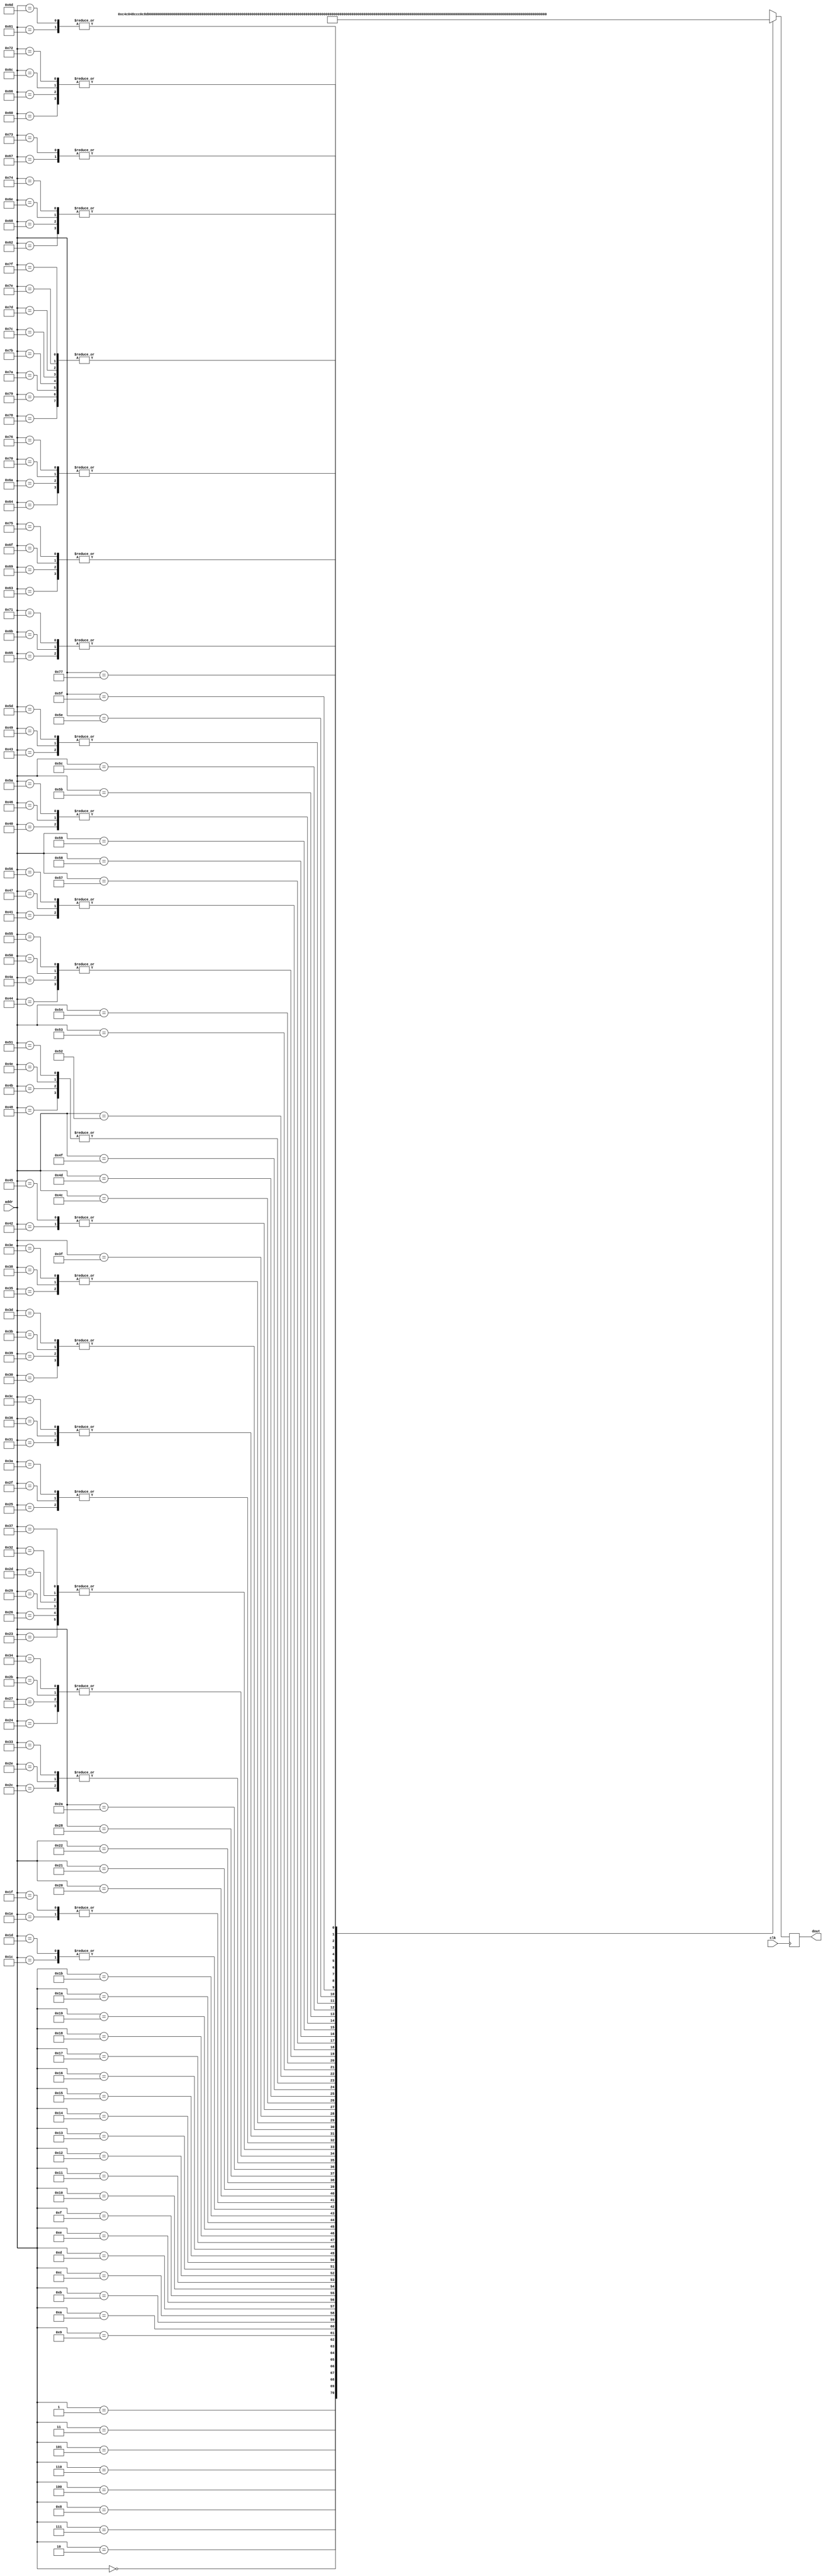
module song_rom (
    input clk,
    input [6:0] addr,
    output reg [11:0] dout
);  

    wire [11:0] memory [127:0];

    always @(posedge clk)                       
        dout = memory[addr];                    

assign memory[	  0	] =	{6'd49, 6'd12};// Note: 5A
assign memory[	  1	] =	{6'd1, 6'd8};	// Note: 1A
assign memory[	  2	] =	{6'd51, 6'd12};// Note: 5B
assign memory[	  3	] =	{6'd3, 6'd8};	// Note: 1B
assign memory[	  4	] =	{6'd52, 6'd12};// Note: 5C
assign memory[	  5	] =	{6'd4, 6'd8};	// Note: 1C
assign memory[	  6	] =	{6'd54, 6'd12};// Note: 5D
assign memory[	  7	] =	{6'd6, 6'd8};	// Note: 1D
assign memory[	  8	] =	{6'd56, 6'd12};// Note: 5E
assign memory[	  9	] =	{6'd8, 6'd8};	// Note: 1E
assign memory[	 10	] =	{6'd57, 6'd12};// Note: 5F
assign memory[	 11	] =	{6'd9, 6'd8};	// Note: 1F
assign memory[	 12	] =	{6'd59, 6'd12};// Note: 5G
assign memory[	 13	] =	{6'd11, 6'd8};	// Note: 1G
assign memory[	 14	] =	{6'd13, 6'd12};// Note: 2A
assign memory[	 15	] =	{6'd25, 6'd8};	// Note: 3A
assign memory[	 16	] =	{6'd15, 6'd12};// Note: 2B
assign memory[	 17	] =	{6'd27, 6'd8};	// Note: 3B
assign memory[	 18	] =	{6'd16, 6'd12};// Note: 2C
assign memory[	 19	] =	{6'd28, 6'd8};	// Note: 3C
assign memory[	 20	] =	{6'd18, 6'd12};// Note: 2D
assign memory[	 21	] =	{6'd30, 6'd8};	// Note: 3D
assign memory[	 22	] =	{6'd20, 6'd12};// Note: 2E
assign memory[	 23	] =	{6'd32, 6'd8};	// Note: 3E
assign memory[	 24	] =	{6'd21, 6'd12};// Note: 2F
assign memory[	 25	] =	{6'd33, 6'd8};	// Note: 3F
assign memory[	 26	] =	{6'd23, 6'd12};// Note: 2G
assign memory[	 27	] =	{6'd35, 6'd8};	// Note: 3G
assign memory[	 28	] =	{6'd37, 6'd0};	// Note: 4A
assign memory[	 29	] =	{6'd37, 6'd0};	// Note: 4A
assign memory[	 30	] =	{6'd0, 6'd0};	// Note: rest
assign memory[	 31	] =	{6'd0, 6'd0};	// Note: rest
assign memory[	 32	] =	{6'd35, 6'd36};// Note: 3G
assign memory[	 33	] =	{6'd42, 6'd36};// Note: 4D
assign memory[	 34	] =	{6'd38, 6'd54};// Note: 4A#Bb
assign memory[	 35	] =	{6'd37, 6'd18};// Note: 4A
assign memory[	 36	] =	{6'd35, 6'd18};// Note: 3G
assign memory[	 37	] =	{6'd38, 6'd18};// Note: 4A#Bb
assign memory[	 38	] =	{6'd37, 6'd18};// Note: 4A
assign memory[	 39	] =	{6'd35, 6'd18};// Note: 3G
assign memory[	 40	] =	{6'd34, 6'd18};// Note: 3F#Gb
assign memory[	 41	] =	{6'd37, 6'd18};// Note: 4A
assign memory[	 42	] =	{6'd30, 6'd36};// Note: 3D
assign memory[	 43	] =	{6'd35, 6'd18};// Note: 3G
assign memory[	 44	] =	{6'd30, 6'd18};// Note: 3D
assign memory[	 45	] =	{6'd37, 6'd18};// Note: 4A
assign memory[	 46	] =	{6'd30, 6'd18};// Note: 3D
assign memory[	 47	] =	{6'd38, 6'd18};// Note: 4A#Bb
assign memory[	 48	] =	{6'd37, 6'd9};	// Note: 4A
assign memory[	 49	] =	{6'd35, 6'd9};	// Note: 3G
assign memory[	 50	] =	{6'd37, 6'd18};// Note: 4A
assign memory[	 51	] =	{6'd30, 6'd18};// Note: 3D
assign memory[	 52	] =	{6'd35, 6'd18};// Note: 3G
assign memory[	 53	] =	{6'd30, 6'd9};	// Note: 3D
assign memory[	 54	] =	{6'd35, 6'd9};	// Note: 3G
assign memory[	 55	] =	{6'd37, 6'd18};// Note: 4A
assign memory[	 56	] =	{6'd30, 6'd9};	// Note: 3D
assign memory[	 57	] =	{6'd37, 6'd9};	// Note: 4A
assign memory[	 58	] =	{6'd38, 6'd18};// Note: 4A#Bb
assign memory[	 59	] =	{6'd37, 6'd9};	// Note: 4A
assign memory[	 60	] =	{6'd35, 6'd9};	// Note: 3G
assign memory[	 61	] =	{6'd37, 6'd9};	// Note: 4A
assign memory[	 62	] =	{6'd30, 6'd9};	// Note: 3D
assign memory[	 63	] =	{6'd42, 6'd9};	// Note: 4D
assign memory[	 64	] =	{6'd43, 6'd6};	// Note: 4D#Eb
assign memory[	 65	] =	{6'd44, 6'd8};	// Note: 4E
assign memory[	 66	] =	{6'd0, 6'd34};	// Note: rest
assign memory[	 67	] =	{6'd46, 6'd6};	// Note: 4F#Gb
assign memory[	 68	] =	{6'd47, 6'd8};	// Note: 4G
assign memory[	 69	] =	{6'd0, 6'd34};	// Note: rest
assign memory[	 70	] =	{6'd43, 6'd6};	// Note: 4D#Eb
assign memory[	 71	] =	{6'd44, 6'd8};	// Note: 4E
assign memory[	 72	] =	{6'd0, 6'd10};	// Note: rest
assign memory[	 73	] =	{6'd46, 6'd6};	// Note: 4F#Gb
assign memory[	 74	] =	{6'd47, 6'd8};	// Note: 4G
assign memory[	 75	] =	{6'd0, 6'd10};	// Note: rest
assign memory[	 76	] =	{6'd52, 6'd6};	// Note: 5C
assign memory[	 77	] =	{6'd51, 6'd8};	// Note: 5B
assign memory[	 78	] =	{6'd0, 6'd10};	// Note: rest
assign memory[	 79	] =	{6'd44, 6'd6};	// Note: 4E
assign memory[	 80	] =	{6'd47, 6'd8};	// Note: 4G
assign memory[	 81	] =	{6'd0, 6'd10};	// Note: rest
assign memory[	 82	] =	{6'd51, 6'd6};	// Note: 5B
assign memory[	 83	] =	{6'd50, 6'd56};// Note: 5A#Bb
assign memory[	 84	] =	{6'd49, 6'd8};	// Note: 5A
assign memory[	 85	] =	{6'd47, 6'd8};	// Note: 4G
assign memory[	 86	] =	{6'd44, 6'd8};	// Note: 4E
assign memory[	 87	] =	{6'd42, 6'd8};	// Note: 4D
assign memory[	 88	] =	{6'd44, 6'd40};// Note: 4E
assign memory[	 89	] =	{6'd0, 6'd60};	// Note: rest
assign memory[	 90	] =	{6'd43, 6'd6};	// Note: 4D#Eb
assign memory[	 91	] =	{6'd44, 6'd14};// Note: 4E
assign memory[	 92	] =	{6'd0, 6'd28};	// Note: rest
assign memory[	 93	] =	{6'd46, 6'd6};	// Note: 4F#Gb
assign memory[	 94	] =	{6'd47, 6'd16};// Note: 4G
assign memory[	 95	] =	{6'd0, 6'd26};	// Note: rest
assign memory[	 96	] =	{6'd0, 6'd12};	// Note: rest
assign memory[	 97	] =	{6'd37, 6'd12};// Note: 4A
assign memory[	 98	] =	{6'd39, 6'd6};	// Note: 4B
assign memory[	 99	] =	{6'd35, 6'd6};	// Note: 3G
assign memory[	100	] =	{6'd0, 6'd6};	// Note: rest
assign memory[	101	] =	{6'd37, 6'd54};// Note: 4A
assign memory[	102	] =	{6'd0, 6'd12};	// Note: rest
assign memory[	103	] =	{6'd40, 6'd12};// Note: 4C
assign memory[	104	] =	{6'd39, 6'd6};	// Note: 4B
assign memory[	105	] =	{6'd35, 6'd6};	// Note: 3G
assign memory[	106	] =	{6'd0, 6'd6};	// Note: rest
assign memory[	107	] =	{6'd37, 6'd54};// Note: 4A
assign memory[	108	] =	{6'd0, 6'd12};	// Note: rest
assign memory[	109	] =	{6'd37, 6'd12};// Note: 4A
assign memory[	110	] =	{6'd39, 6'd6};	// Note: 4B
assign memory[	111	] =	{6'd35, 6'd6};	// Note: 3G
assign memory[	112	] =	{6'd0, 6'd6};	// Note: rest
assign memory[	113	] =	{6'd37, 6'd54};// Note: 4A
assign memory[	114	] =	{6'd0, 6'd12};	// Note: rest
assign memory[	115	] =	{6'd40, 6'd12};// Note: 4C
assign memory[	116	] =	{6'd39, 6'd6};	// Note: 4B
assign memory[	117	] =	{6'd35, 6'd6};	// Note: 3G
assign memory[	118	] =	{6'd0, 6'd6};	// Note: rest
assign memory[	119	] =	{6'd37, 6'd96};// Note: 4A
assign memory[	120	] =	{6'd37, 6'd1};	// Note: rest
assign memory[	121	] =	{6'd37, 6'd1};	// Note: rest
assign memory[	122	] =	{6'd37, 6'd1};	// Note: rest
assign memory[	123	] =	{6'd37, 6'd1};	// Note: rest
assign memory[	124	] =	{6'd37, 6'd1};	// Note: rest
assign memory[	125	] =	{6'd37, 6'd1};	// Note: rest
assign memory[	126	] =	{6'd37, 6'd1};	// Note: rest
assign memory[	127	] =	{6'd37, 6'd1};	// Note: rest


endmodule